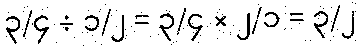
၃/၄ ÷ ၁/၂ = ၃/၄ × ၂/၁ = ၃/၂